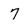
Character: 7